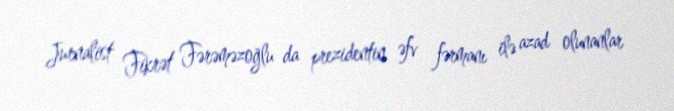
Jurnalist Fikrət Fərəməzoğlu da prezidentin əfv fərmanı ilə azad olunanlar